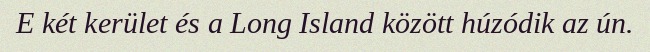
E két kerület és a Long Island között húzódik az ún.